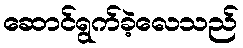
ဆောင်ရွက်ခဲ့လေသည်